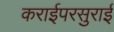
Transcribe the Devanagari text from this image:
कराईपरसुराई